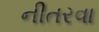
નીતરવા